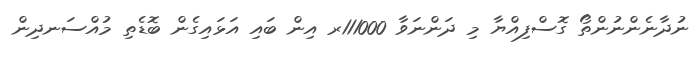
ނުދާނެންނުންތޯ ގޮސްފިއްޔާ މި ދަންނަވާ 111000ރ އިން ބައި އަޅައިގެން ބޮޑެތި މުއްސަނދިން